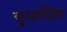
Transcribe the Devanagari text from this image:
युराअमेरिका